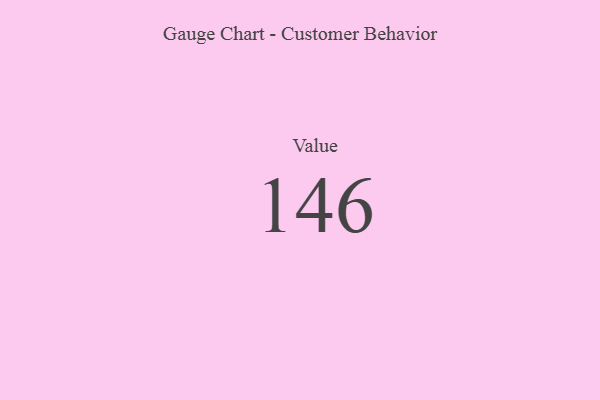
{"axis": {"x": "Metric", "y": "Value"}, "legend": [""], "data": [{"x": "Value", "y": 146, "type": ""}]}